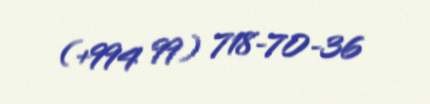
(+994 99) 718-70-36